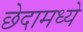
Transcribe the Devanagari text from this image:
छेदामध्ये